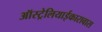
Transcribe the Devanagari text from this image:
ऑस्ट्रेलियाईकारावास